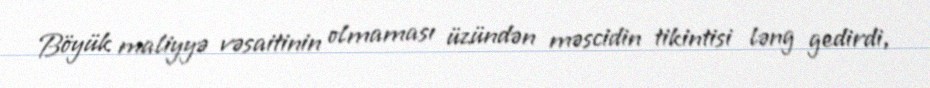
Böyük maliyyə vəsaitinin olmaması üzündən məscidin tikintisi ləng gedirdi,